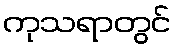
ကုသရာတွင်